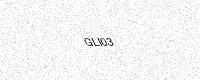
Text: GLI03